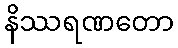
နိဿရဏတော